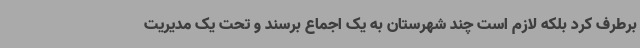
برطرف کرد بلکه لازم است چند شهرستان به یک اجماع برسند و تحت یک مدیریت